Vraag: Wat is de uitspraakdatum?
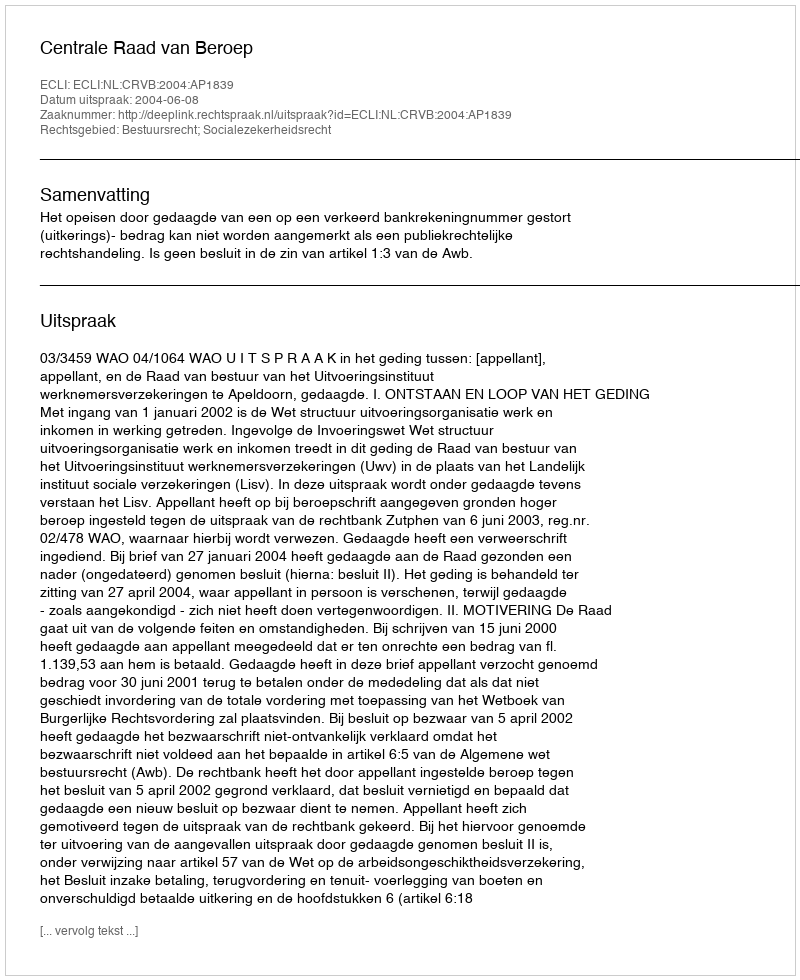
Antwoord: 2004-06-08